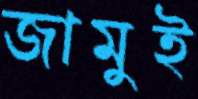
জামুই